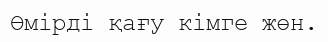
Өмірді қағу кімге жөн.